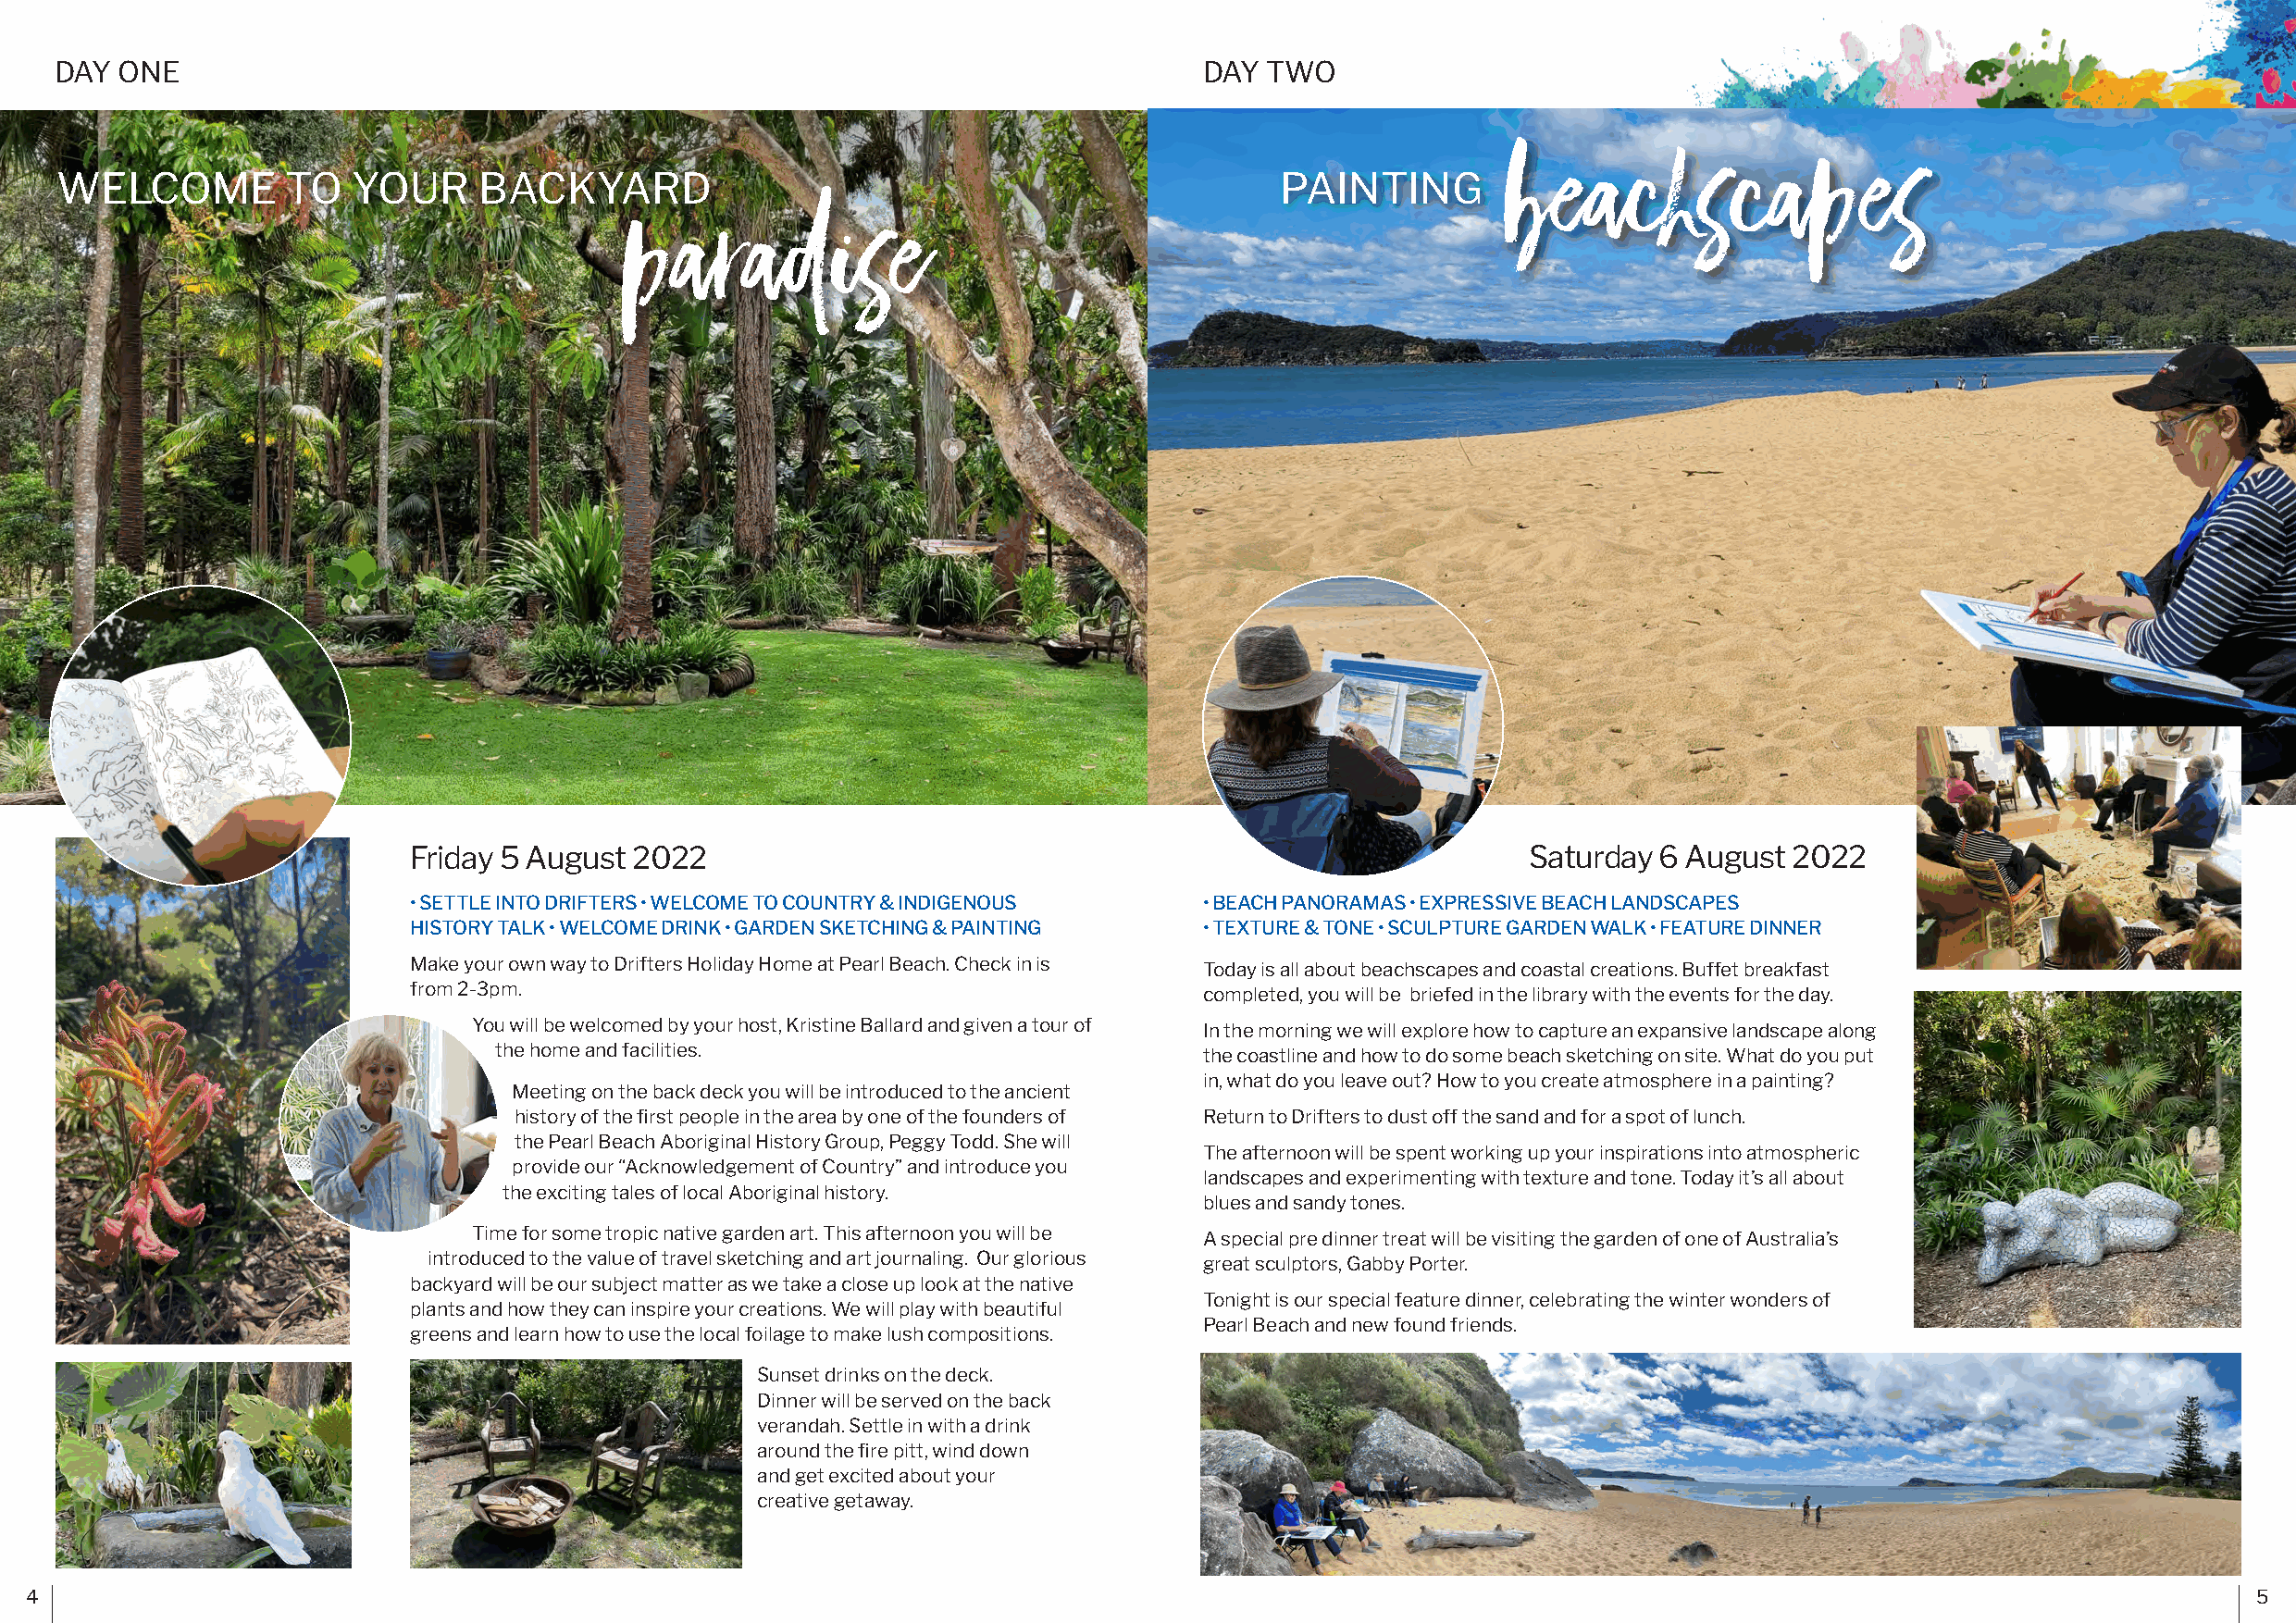
DAY ONE                                                                           DAY  TWO
 beachscapes
 paradise
 WELCOME         TO   YOUR     BACKYARD                                                  PAINTING
 Friday 5 August 2022                                                            Saturday  6 August 2022
 • SETTLE INTO DRIFTERS • WELCOME TO COUNTRY & INDIGENOUS • BEACH PANORAMAS • EXPRESSIVE BEACH LANDSCAPES
 HISTORY TALK • WELCOME DRINK • GARDEN SKETCHING & PAINTING • TEXTURE & TONE • SCULPTURE GARDEN WALK • FEATURE DINNER
 Make your own way to Drifters Holiday Home at Pearl Beach. Check in is Today is all about beachscapes and coastal creations. Buffet breakfast
 from 2-3pm.                                              completed, you will be briefed in the library with the events for the day.
 You will be welcomed by your host, Kristine Ballard and given a tour of In the morning we will explore how to capture an expansive landscape along
 the home and facilities.                           the coastline and how to do some beach sketching on site. What do you put
 in, what do you leave out? How to you create atmosphere in a painting?
 Meeting on the back deck you will be introduced to the ancient
 history of the first people in the area by one of the founders of Return to Drifters to dust off the sand and for a spot of lunch.
 the Pearl Beach Aboriginal History Group, Peggy Todd. She will
 The afternoon will be spent working up your inspirations into atmospheric
 provide our “Acknowledgement of Country” and introduce you
 landscapes and experimenting with texture and tone. Today it’s all about
 the exciting tales of local Aboriginal history.
 blues and sandy tones.
 Time for some tropic native garden art. This afternoon you will be A special pre dinner treat will be visiting the garden of one of Australia’s
 introduced to the value of travel sketching and art journaling. Our glorious great sculptors, Gabby Porter.
 backyard will be our subject matter as we take a close up look at the native
 Tonight is our special feature dinner, celebrating the winter wonders of
 plants and how they can inspire your creations. We will play with beautiful
 Pearl Beach and new found friends.
 greens and learn how to use the local foilage to make lush compositions.
 Sunset drinks on the deck.
 Dinner will be served on the back
 verandah. Settle in with a drink
 around the fire pitt, wind down
 and get excited about your
 creative getaway.
 4                                                                                                                                                              5